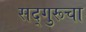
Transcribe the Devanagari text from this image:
सद्गुरूचा